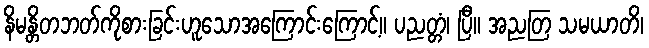
နိမန္တိတဘတ်ကိုစားခြင်းဟူသောအကြောင်းကြောင့်။ ပညတ္တံ၊ ပြီ။ အညတြ သမယာတိ၊